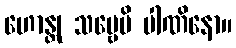
ဟောန္တု သဗ္ဗေပိ ပါဏိနော။